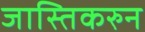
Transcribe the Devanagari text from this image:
जास्तिकरुन